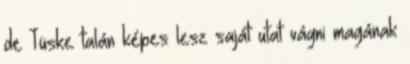
de Tüske talán képes lesz saját utat vágni magának